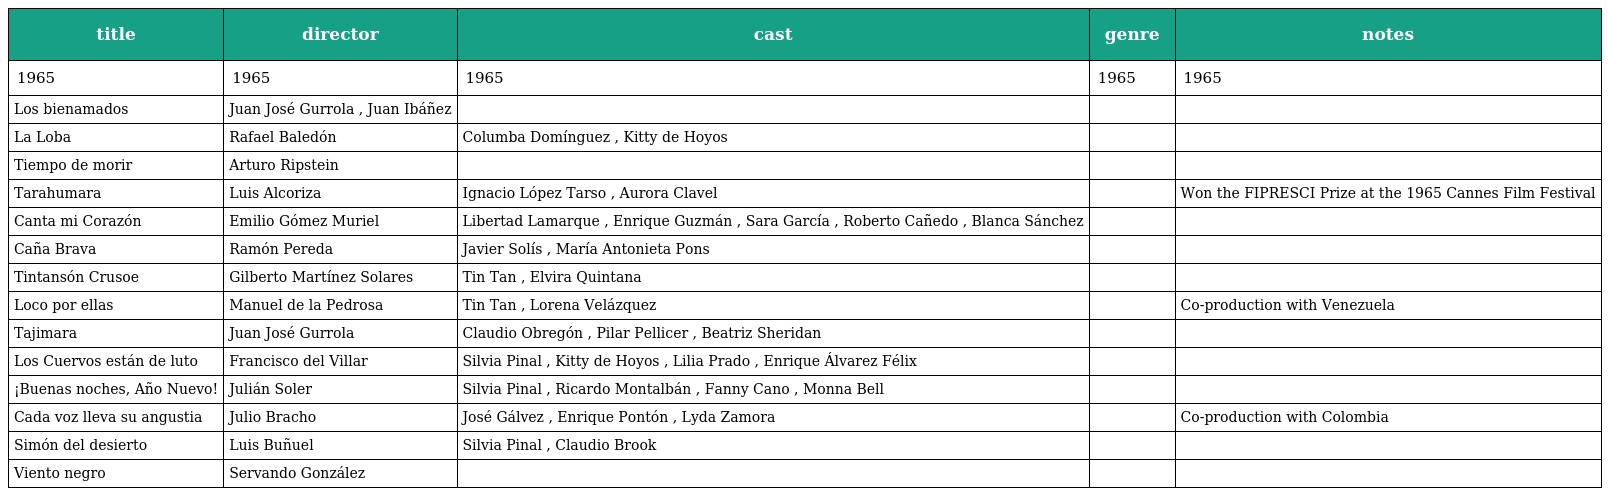
| title | director | cast | genre | notes |
 | --- | --- | --- | --- | --- |
 | 1965 | 1965 | 1965 | 1965 | 1965 |
 | Los bienamados | Juan José Gurrola , Juan Ibáñez |  |  |  |
 | La Loba | Rafael Baledón | Columba Domínguez , Kitty de Hoyos |  |  |
 | Tiempo de morir | Arturo Ripstein |  |  |  |
 | Tarahumara | Luis Alcoriza | Ignacio López Tarso , Aurora Clavel |  | Won the FIPRESCI Prize at the 1965 Cannes Film Festival |
 | Canta mi Corazón | Emilio Gómez Muriel | Libertad Lamarque , Enrique Guzmán , Sara García , Roberto Cañedo , Blanca Sánchez |  |  |
 | Caña Brava | Ramón Pereda | Javier Solís , María Antonieta Pons |  |  |
 | Tintansón Crusoe | Gilberto Martínez Solares | Tin Tan , Elvira Quintana |  |  |
 | Loco por ellas | Manuel de la Pedrosa | Tin Tan , Lorena Velázquez |  | Co-production with Venezuela |
 | Tajimara | Juan José Gurrola | Claudio Obregón , Pilar Pellicer , Beatriz Sheridan |  |  |
 | Los Cuervos están de luto | Francisco del Villar | Silvia Pinal , Kitty de Hoyos , Lilia Prado , Enrique Álvarez Félix |  |  |
 | ¡Buenas noches, Año Nuevo! | Julián Soler | Silvia Pinal , Ricardo Montalbán , Fanny Cano , Monna Bell |  |  |
 | Cada voz lleva su angustia | Julio Bracho | José Gálvez , Enrique Pontón , Lyda Zamora |  | Co-production with Colombia |
 | Simón del desierto | Luis Buñuel | Silvia Pinal , Claudio Brook |  |  |
 | Viento negro | Servando González |  |  |  |